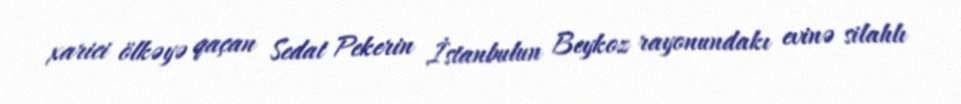
xarici ölkəyə qaçan Sedat Pekerin İstanbulun Beykoz rayonundakı evinə silahlı